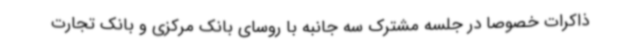
ذاکرات خصوصا در جلسه مشترک سه جانبه با روسای بانک مرکزی و بانک تجارت